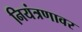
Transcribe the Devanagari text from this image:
नियंत्रणावर